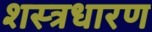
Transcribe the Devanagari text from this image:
शस्त्रधारण